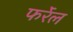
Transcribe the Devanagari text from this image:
फर्रेल